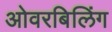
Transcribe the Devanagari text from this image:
ओवरबिलिंग